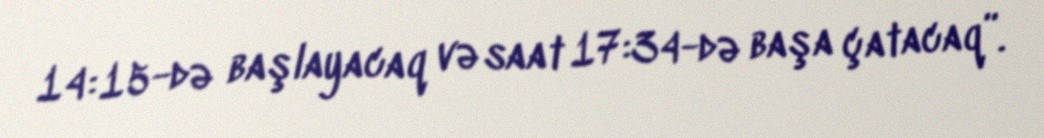
14:15-də başlayacaq və saat 17:34-də başa çatacaq”.